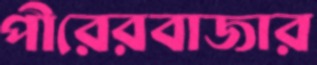
পীরেরবাজার